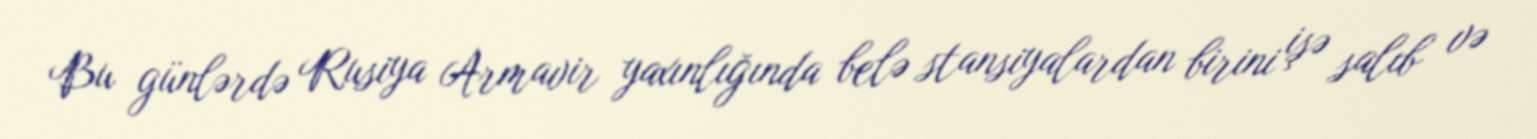
Bu günlərdə Rusiya Armavir yaxınlığında belə stansiyalardan birini işə salıb və